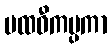
ပထဝီကမ္ပကာ